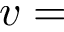
v =